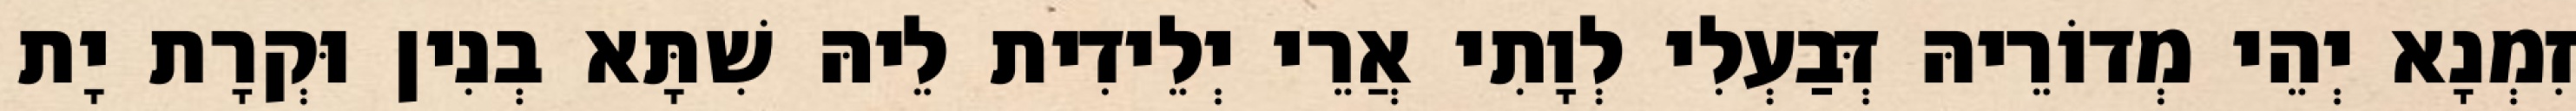
זִמְנָא יְהֵי מְדוֹרֵיהּ דְּבַעְלִי לְוָתִי אֲרֵי יְלֵידִית לֵיהּ שִׁתָּא בְנִין וּקְרָת יָת